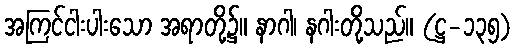
အကြင်ငါးပါးသော အရာတို့၌။ နာဂါ၊ နဂါးတို့သည်။ (ဋ္ဌ-၁၃၅)